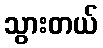
သွားတယ်